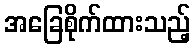
အခြေစိုက်ထားသည့်